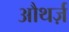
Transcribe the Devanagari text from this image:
औथर्ज़